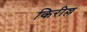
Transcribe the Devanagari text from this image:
किरील्ल